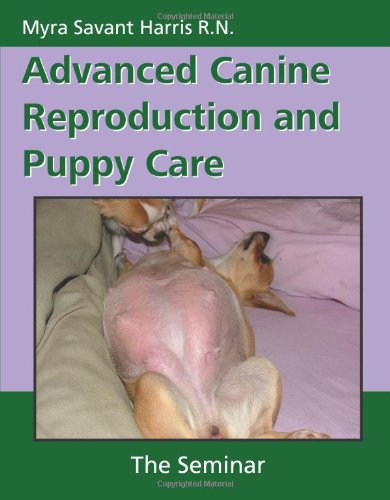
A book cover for Advanced Canine Reproduction and Puppy Care: The Seminar; Myra Savant Harris; Medical Books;